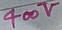
Text: 400V